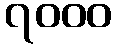
၇၀၀၀